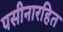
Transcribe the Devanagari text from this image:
पसीनारहित